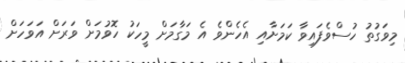
މިވަގުތު ހުސްވެފައިވާ ކަމަށާއި އެހެންވެ އެ މަގާމަށް މީހަކު ހޮވުމަށް ވަރަށް އަވަހަށް